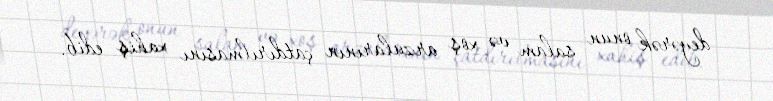
deyərək onun salam və xoş arzularının çatdırılmasını xahiş edib.